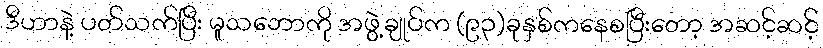
ဒီဟာနဲ့ ပတ်သက်ပြီး မူသဘောကို အဖွဲ့ချုပ်က (၉၃)ခုနှစ်ကနေစပြီးတော့ အဆင့်ဆင့်